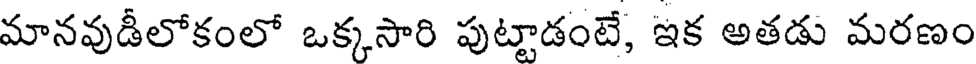
మానవుడీలోకంలో ఒక్కసారి పుట్టాడంటే, ఇక అతడు మరణం